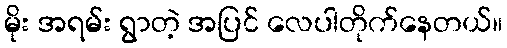
မိုး အရမ်း ရွာတဲ့ အပြင် လေပါတိုက်နေတယ်။